Indian journal of veterinary science and animal husbandry - Volumes 15-17, 1948-1951
Year: 1948
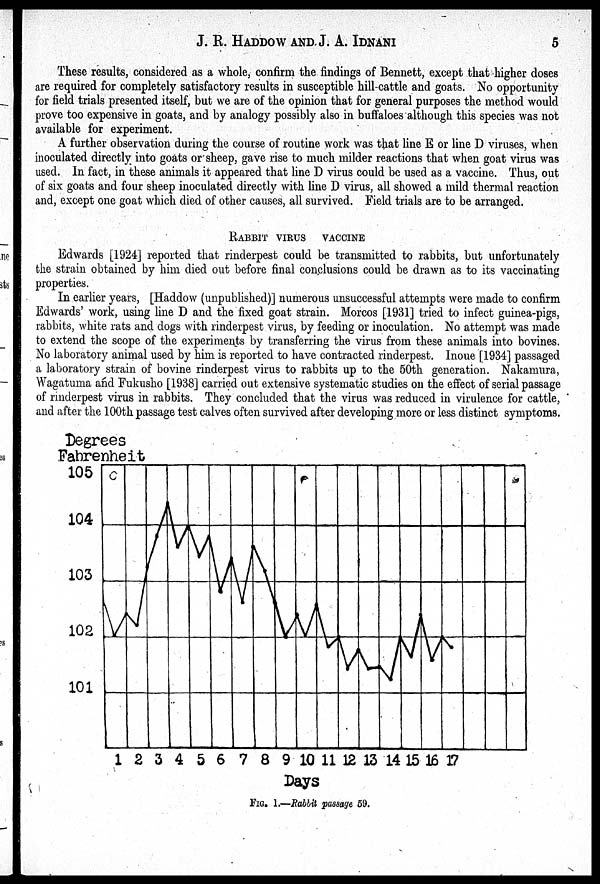
J. R. HADDOW AND J. A.
IDNANI
5
These results, considered as a whole, confirm the findings of Bennett, except that higher doses
are required for completely satisfactory results in susceptible hill-cattle and goats. No opportunity
for field trials presented itself, but we are of the opinion that for general purposes the method would
prove too expensive in goats, and by analogy possibly also in buffaloes although this species was not
available for experiment.
A further observation during the course of routine work was that line E or line D viruses, when
inoculated directly into goats or sheep, gave rise to much milder reactions that when goat virus was
used. In fact, in these animals it appeared that line D virus could be used as a vaccine. Thus, out
of six goats and four sheep inoculated directly with line D virus, all showed a mild thermal reaction
and, except one goat which died of other causes, all survived. Field trials are to be arranged.
RABBIT VIRUS VACCINE
Edwards [1924] reported that rinderpest could be transmitted to rabbits, but unfortunately
the strain obtained by him died out before final conclusions could be drawn as to its vaccinating
properties.
In earlier years, [Haddow (unpublished)] numerous unsuccessful attempts were made to confirm
Edwards' work, using line D and the fixed goat strain. Morcos [1931] tried to infect guinea-pigs,
rabbits, white rats and dogs with rinderpest virus, by feeding or inoculation. No attempt was made
to extend the scope of the experiments by transferring the virus from these animals into bovines.
No laboratory animal used by him is reported to have contracted rinderpest. Inoue [1934] passaged
a laboratory strain of bovine rinderpest virus to rabbits up to the 50th generation. Nakamura,
Wagatuma and Fukusho [1938] carried out extensive systematic studies on the effect of serial passage
of rinderpest virus in rabbits. They concluded that the virus was reduced in virulence for cattle,
and after the 100th passage test calves often survived after developing more or less distinct symptoms.
FIG. 1.—Rabbit passage 59.